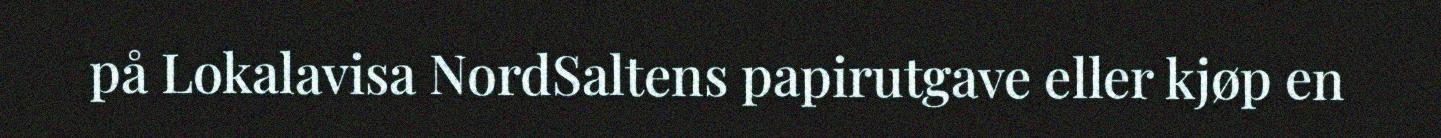
på Lokalavisa NordSaltens papirutgave eller kjøp en